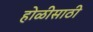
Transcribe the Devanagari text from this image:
होळीसाठी